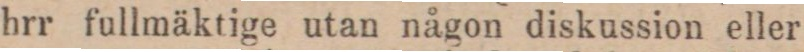
hrr fullmäktige utan någon diskussion eller